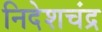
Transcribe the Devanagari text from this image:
निदेशचंद्र